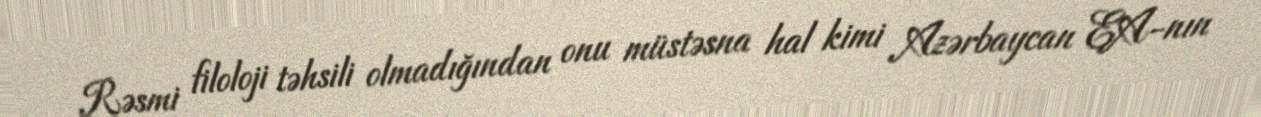
Rəsmi filoloji təhsili olmadığından onu müstəsna hal kimi Azərbaycan EA-nın